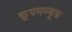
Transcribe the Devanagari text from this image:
कूपमण्डूक